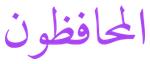
المحافظون